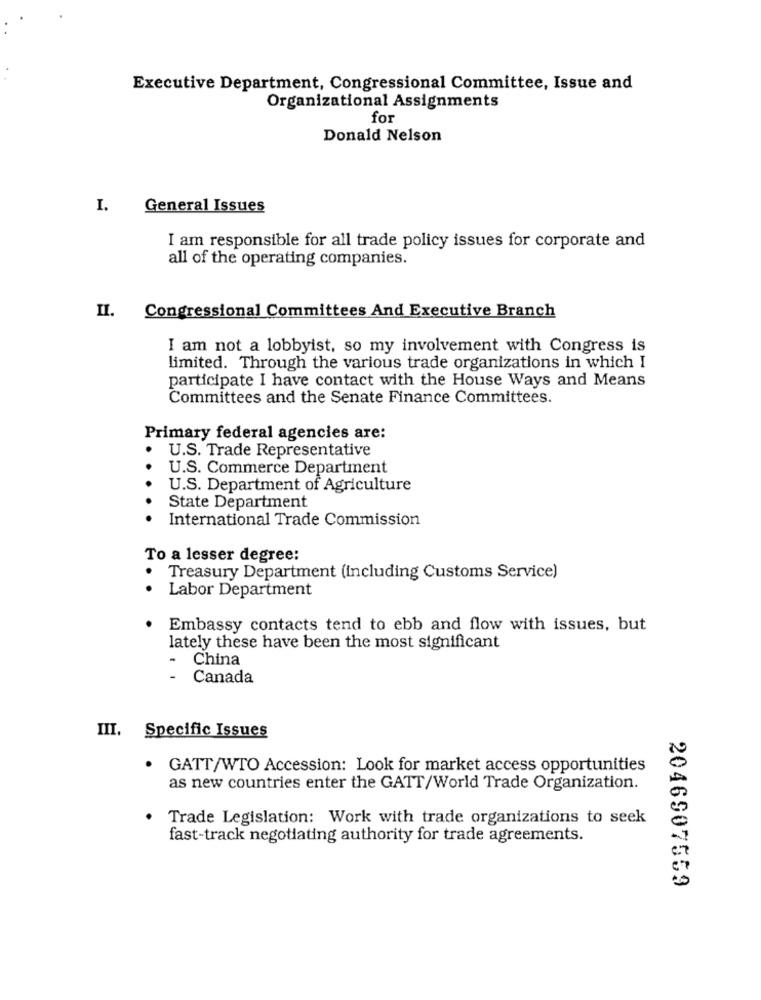
Executive Department, Congressional Committee, Issue and
Organizational Assignments
for
Donald Nelson
I.
General Issues
I am responsible for all trade policy issues for corporate and
all of the operating companies.
II.
Congressional Committees And Executive Branch
I am not a lobbyist, so my involvement with Congress is
limited. Through the various trade organizations in which I
participate I have contact with the House Ways and Means
Committees and the Senate Finance Committees.
Primary federal agencies are:
U.S. Trade Representative
U.S. Commerce Department
U.S. Department of Agriculture
State Department
International Trade Commission
To a lesser degree:
Treasury Department (including Customs Service)
Labor Department
Embassy contacts tend to ebb and flow with issues, but
lately these have been the most significant
-
China
-
Canada
III. Specific Issues
GATT/WTO Accession: Look for market access opportunities
as new countries enter the GATT/World Trade Organization.
Trade Legislation: Work with trade organizations to seek
fast-track negotiating authority for trade agreements.
2046907559